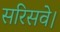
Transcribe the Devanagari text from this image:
सरिसवे।